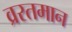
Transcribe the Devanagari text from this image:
व्ररतमान